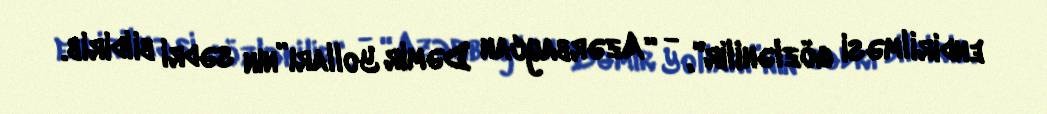
endirilməsi gözlənilir", - “Azərbaycan Dəmir Yolları”nın sədri bildirib.